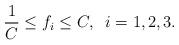
LaTeX: \begin{align*}\frac{1}{C}\leq f_i\leq C, \;\; i=1, 2, 3. \end{align*}